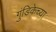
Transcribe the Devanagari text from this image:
गुंडिकेच्या